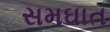
સમઘાત